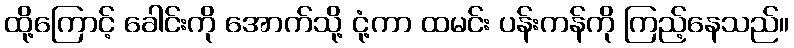
ထို့ကြောင့် ခေါင်းကို အောက်သို့ ငုံ့ကာ ထမင်း ပန်းကန်ကို ကြည့်နေသည်။